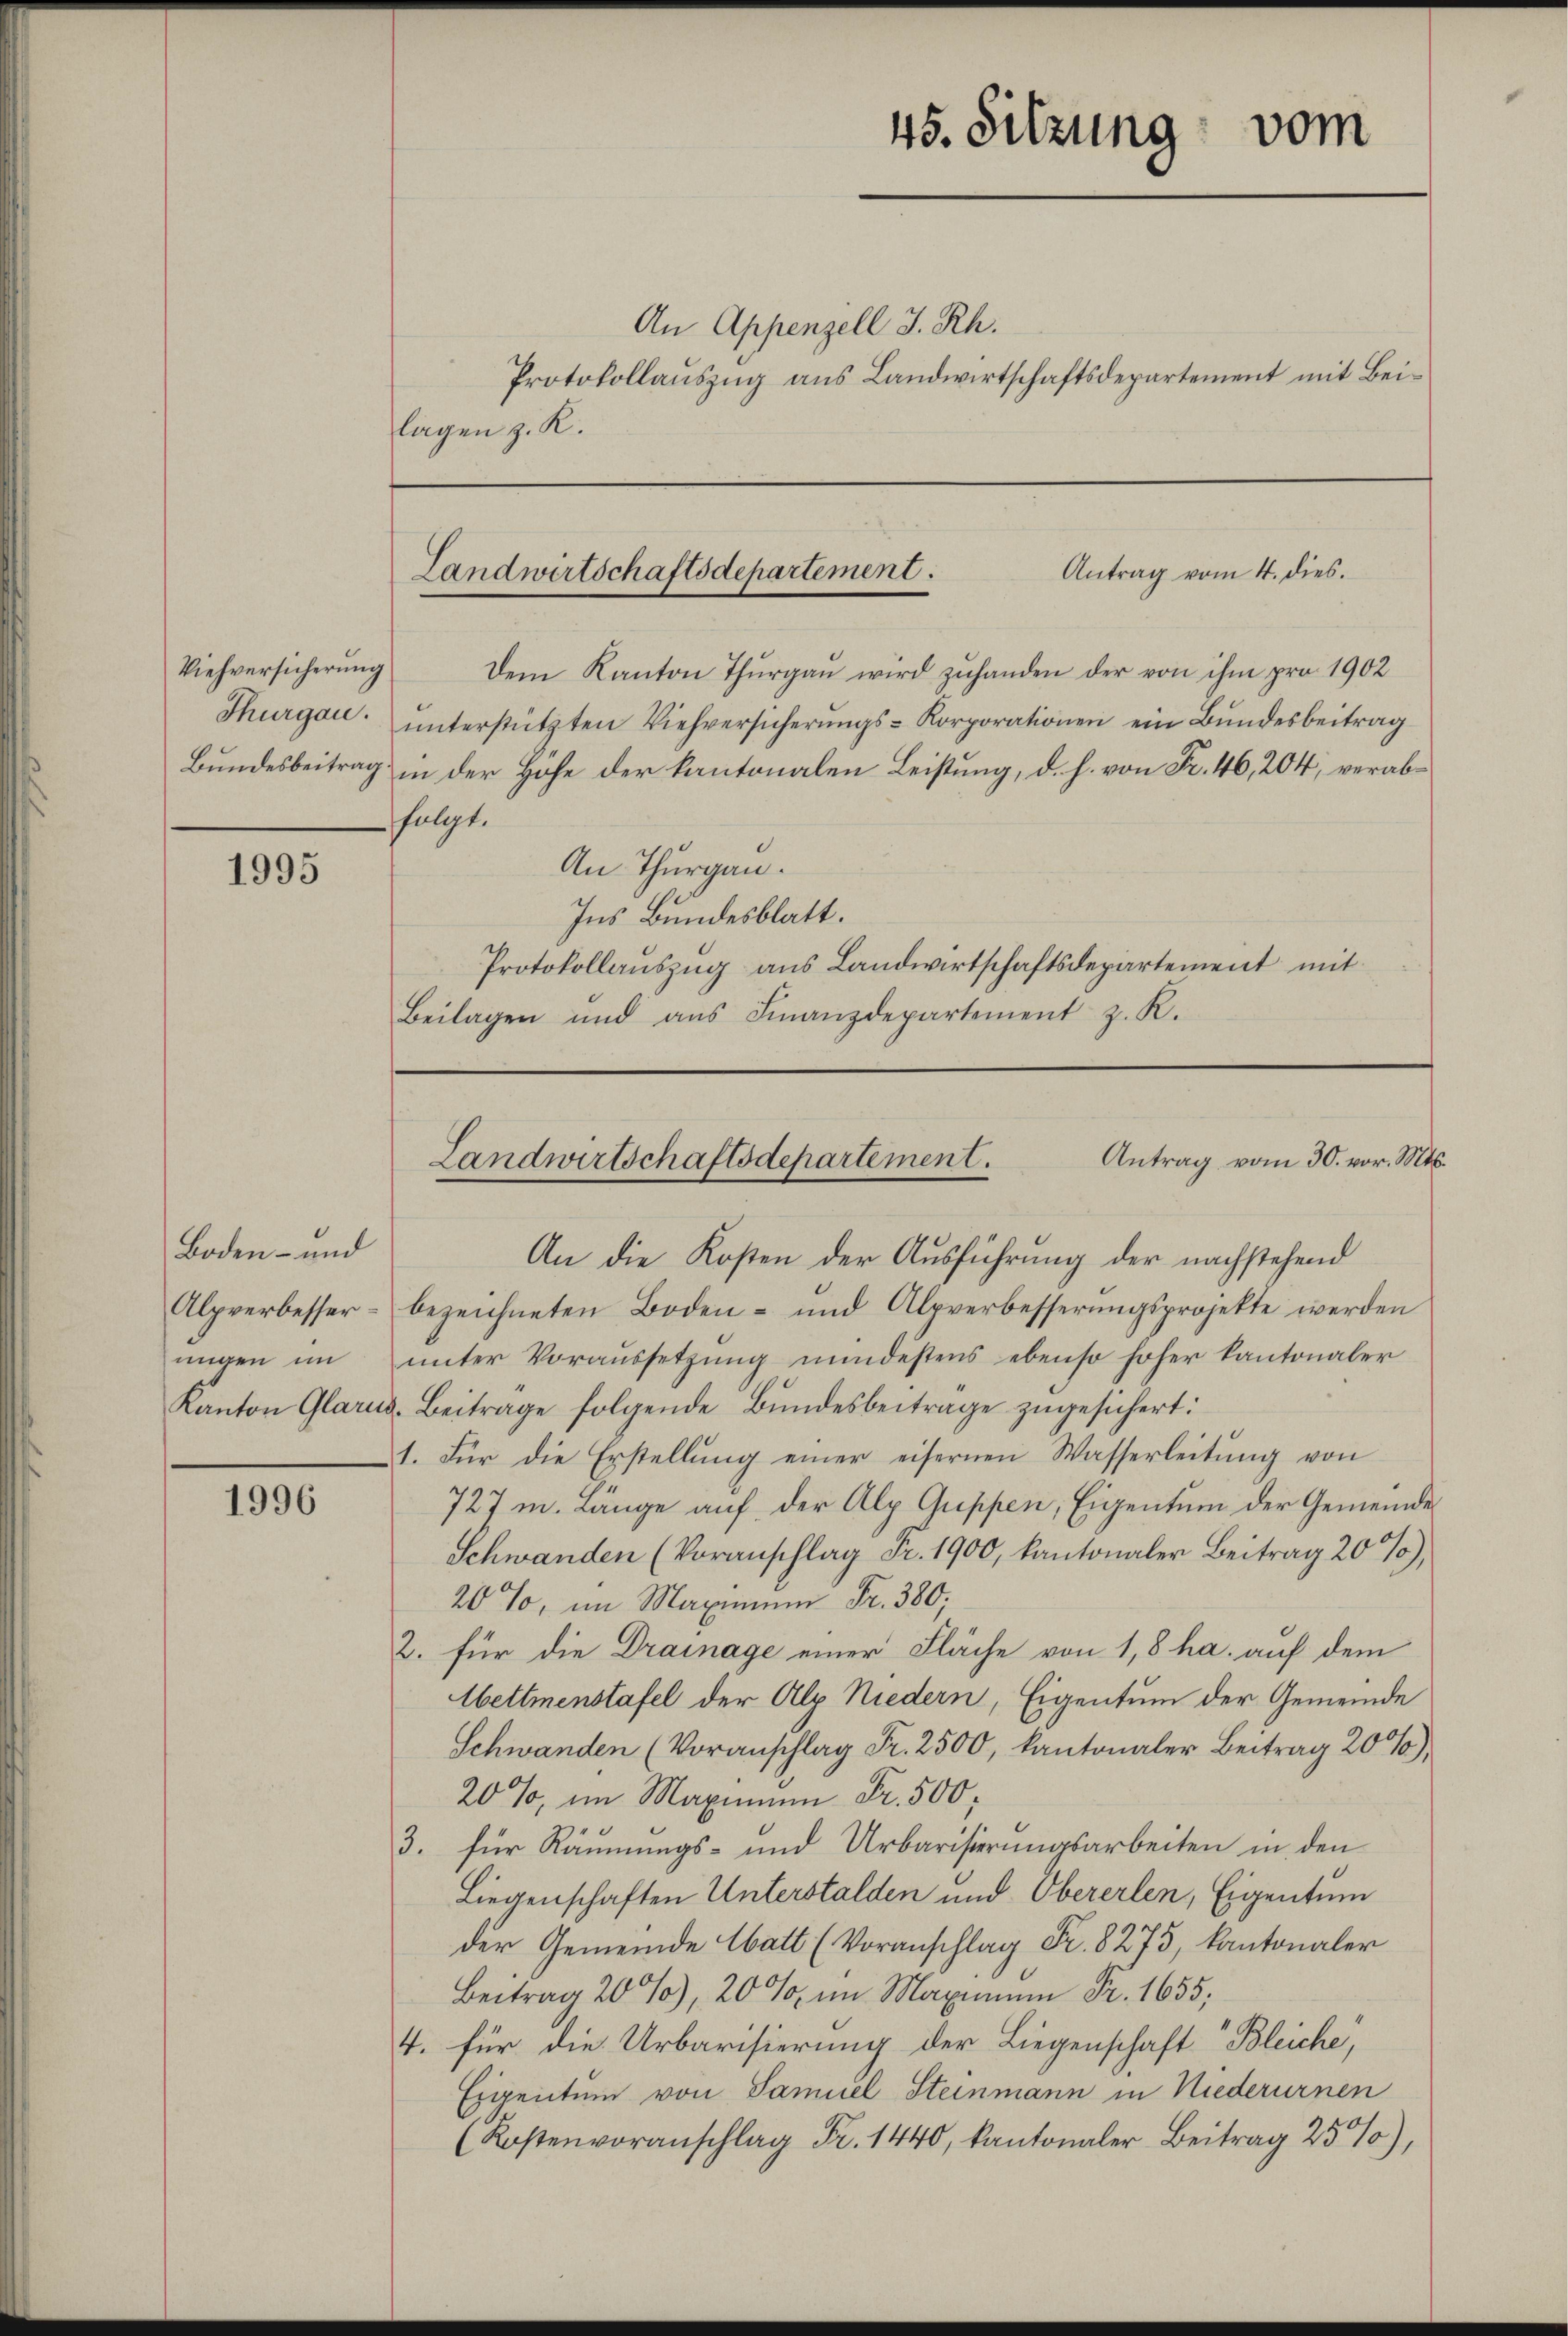
Thurgau.

1995

Boden- und
ungen im

1996

An Appenzell I. Rh.
Protokollauszug aus Landwirtschaftsdepartement mit Beilagen z. R.

Viehversicherŭng dem Kanton Thŭrgaŭ wird zŭhanden der von ihm pro 1902
unterstützten Viehversicherŭngs-Korporationen ein Bundesbeitrag
Bundesbeitrag in der Hohe der kantonalen Leistung, d. h. von Fr. 46, 204, verabfolgt.
An Thurgau.
Ins Bundesblatt.
Protokollauszug aus Landwirtschaftsdepartement mit
Beilagen und aŭs Finanzdepartement z. R.

45. Sitzung vom

Antrag vom 4. dies.
Landwirtschaftsdepartement.

An die Kosten der Ausführung der nachstehend
Alpverbesser- bezeichneten Boden- und Alpverbesserŭngsprojekte werden
ŭnter Voraussetzŭng mindestens ebenso hoher Kantonaler
Kanton Glarus-Beitrage folgende Bŭndesbeiträge zŭgesichert:
1. Für die Erstellung einer eisernen Wasserleitung von
727 m. Länge auf der Alp Guppen, Eigentum der Gemeindes
Schwanden (Voranschlag Fr. 1900, kantonaler Beitrag 20%),
20%, im Maximum Fr. 380;
2. für die Drainage einer Fläche von 1,8 ha auf dem
Mettmenstafel der Alp Niedern, Eigentum der Gemeinde
Schwanden (Voranschlag Fr. 2500, kantonaler Beitrag 20),
20%, im Maximum Fr. 500
3. für Räumungs- und Urbarisierungsarbeiten in den
Liegenschaften Unterstalden und Obererlen, Eigentum
der Gemeinde Watt (Voranschlag Fr. 8275, kantonaler
Beitrag 20%), 20 % in Maximum Fr. 1655;
4. für die Urbarisierung der Liegenschaft Bleiche,
Eigentum von Samuel Steinmann in Niederurnen
(Kostenvoranschlag Fr. 1440, kantonaler Beitrag 25%),

Antrag vom 30. vor. Mts.
Landwirtschaftsdepartement.